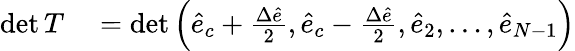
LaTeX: \begin{array}{rl}{\operatorname*{det}T}&{{}=\operatorname*{det}\Big(\hat{e}_{c}+\frac{\Delta\hat{e}}{2},\hat{e}_{c}-\frac{\Delta\hat{e}}{2},\hat{e}_{2},\dots,\hat{e}_{N-1}\Big)}\end{array}